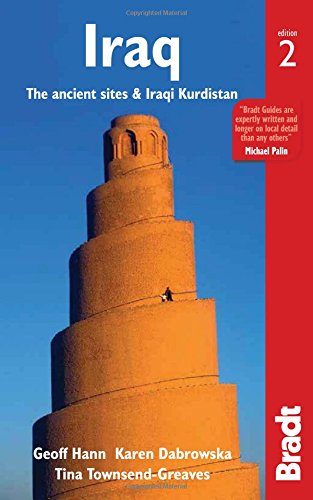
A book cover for Iraq: The ancient sites & Iraqi Kurdistan (Bradt Travel Guides); Geoff Hann; Travel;